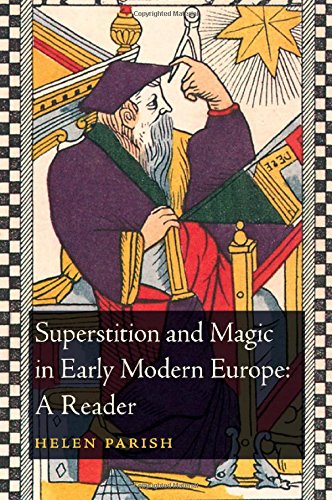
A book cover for Superstition and Magic in Early Modern Europe: A Reader; History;